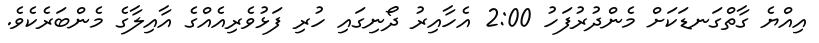
އިއްޔެ ގާތްގަނޑަކަށް މެންދުރުފަހު 2:00 އެހާއިރު ދޯނިގައި ހުރި ފަޅުވެރިއެއްގެ އާއިލާގެ މެންބަރެކެވެ.